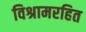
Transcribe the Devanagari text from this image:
विश्रामरहित